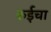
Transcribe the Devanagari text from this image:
रुईचा